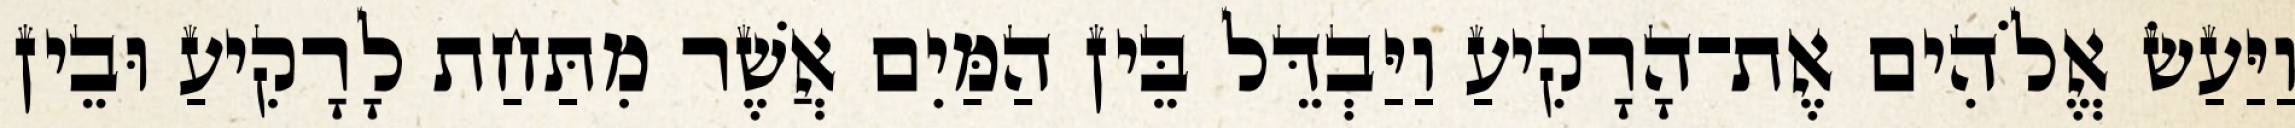
וַיַּעַשׂ אֱלֹהִים אֶת־הָרָקִיעַ וַיַּבְדֵּל בֵּין הַמַּיִם אֲשֶׁר מִתַּחַת לָרָקִיעַ וּבֵין